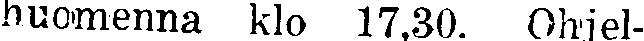
huomenna klo 17,30. Ohjel-